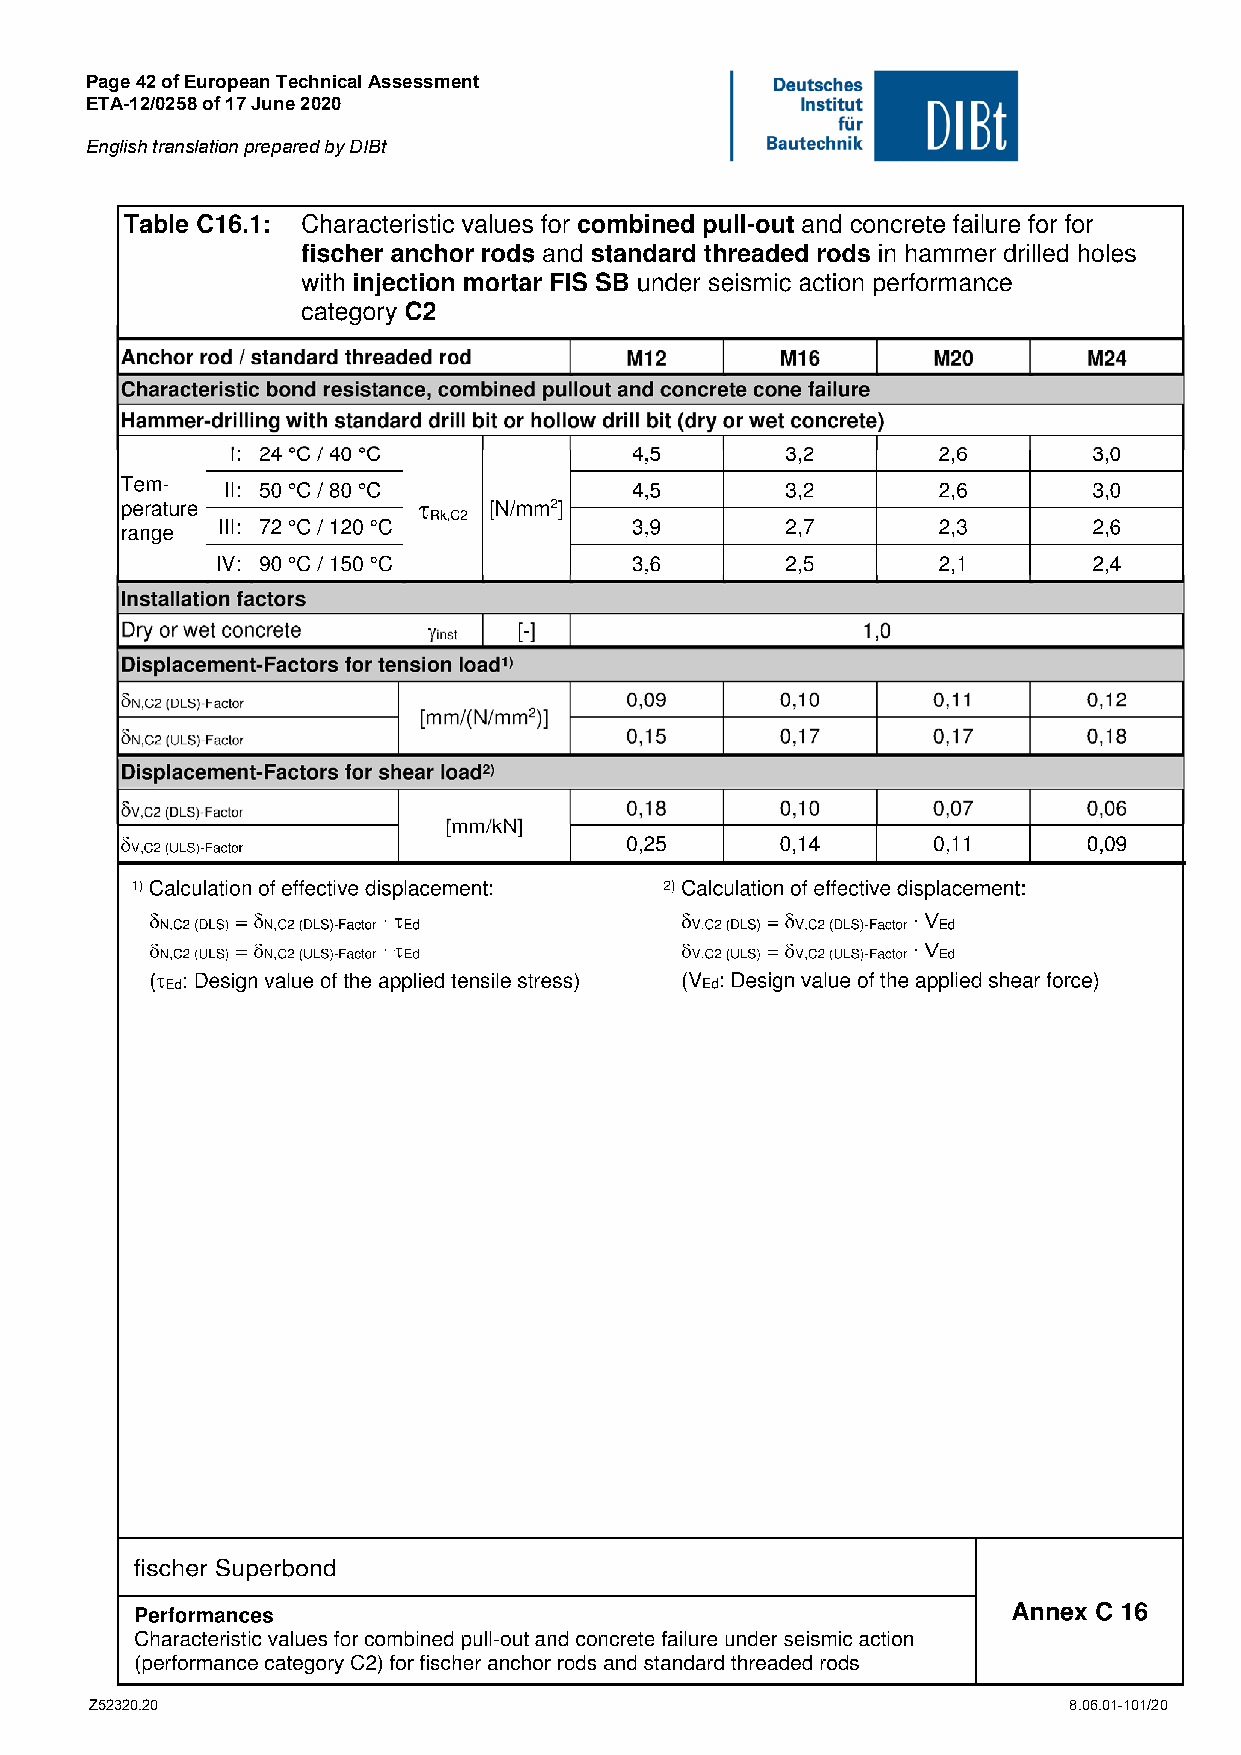
Page 42 of European Technical Assessment
 ETA-12/0258 of 17 June 2020
 English translation prepared by DIBt
 Z52320.20                                                        8.06.01-101/20